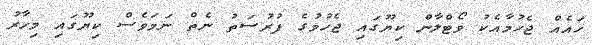
ހައެއް ޖެހުމާއެކު ވޯޓްލާން ކިޔޫގައި ޖެހުމުގެ ފުރުސަތު ނެތް ނަމަވެސް ކިޔޫގައި މިހާރު